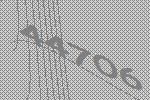
44706